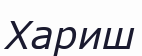
Хариш